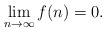
LaTeX: \begin{align*}\lim_{n\rightarrow\infty}f(n)=0.\end{align*}